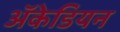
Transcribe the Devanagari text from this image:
अॅकेडियन